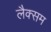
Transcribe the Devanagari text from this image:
लैक्सम